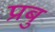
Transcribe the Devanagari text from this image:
प्रबु